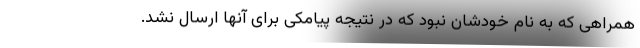
همراهی که به نام خودشان نبود که در نتیجه پیامکی برای آنها ارسال نشد.